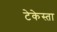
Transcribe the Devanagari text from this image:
टेकेस्ता